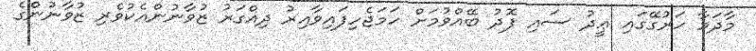
މާދަމާ ހަރުގޭގައި ޢީދު ސައި ފޮދު ބޭއްވުމަށް ހަމަޖެހިފައިވާއިރު ދިއްގަރު ޒުވާނުންއެކުވެރި ޒުވާނުންެގެ